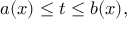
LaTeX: a ( x ) \leq t \leq b ( x ) ,